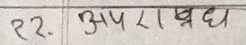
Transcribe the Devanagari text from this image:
२२. अपराध